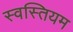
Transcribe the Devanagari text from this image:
स्वस्तियम